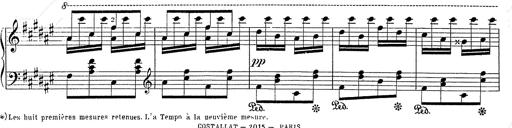
Title: Hungarian Rhapsody No.2
Composer: Franz Liszt
Key: C-sharp minor